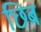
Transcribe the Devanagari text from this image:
छिब